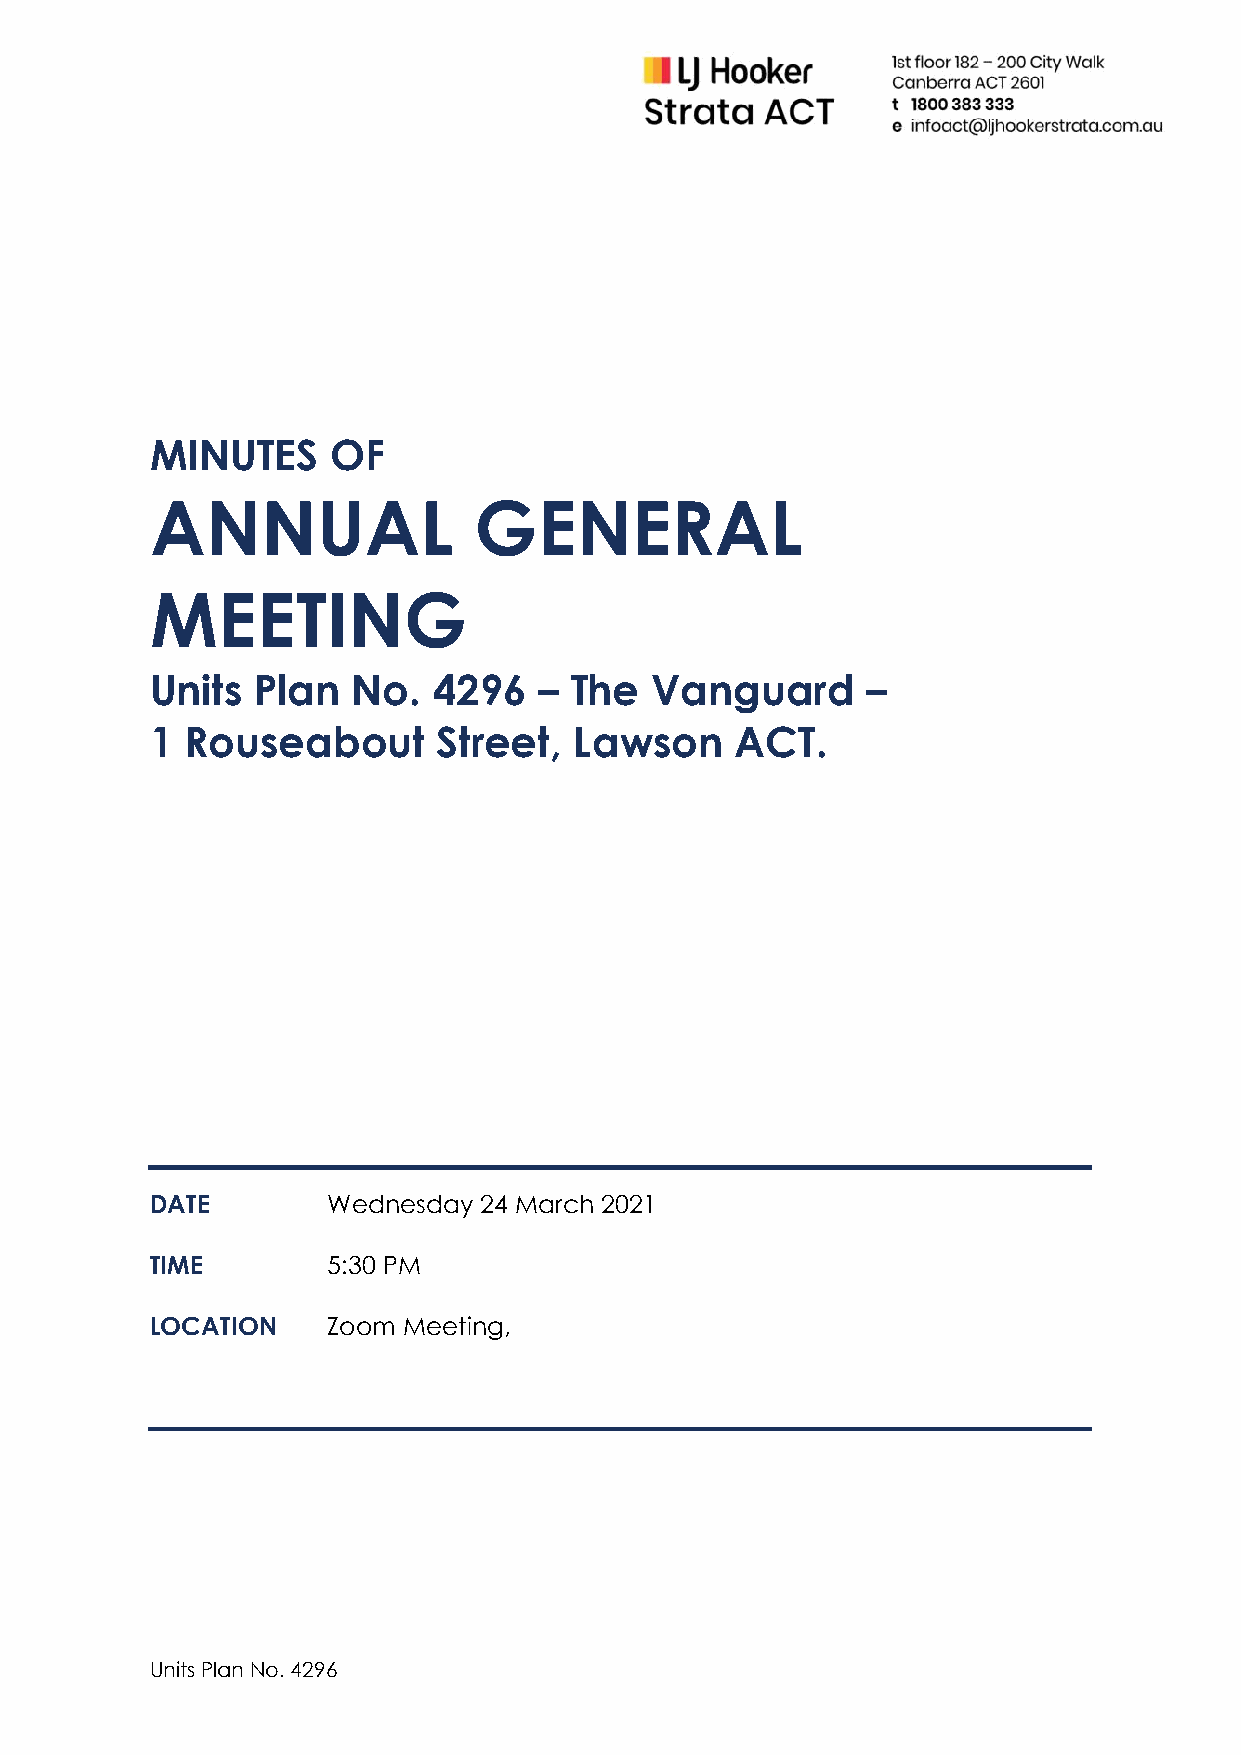
MINUTES     OF
 ANNUAL               GENERAL
 MEETING
 Units  Plan  No.   4296   – The  Vanguard      –
 1 Rouseabout       Street,  Lawson     ACT.
 DATE        Wednesday 24 March 2021
 TIME        5:30 PM
 LOCATION    Zoom Meeting,
 Units Plan No. 4296